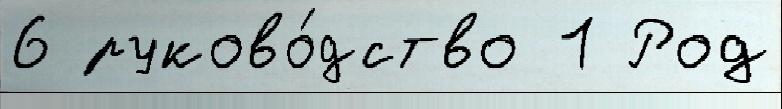
6 руково́дство 1 Род